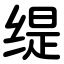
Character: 缇